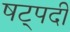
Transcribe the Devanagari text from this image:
षट्‍पदी